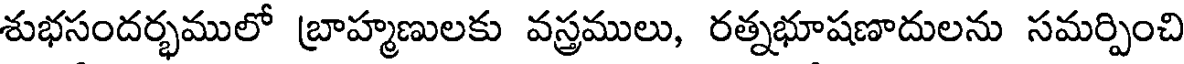
శుభసందర్భములో బ్రాహ్మణులకు వస్త్రములు, రత్నభూషణాదులను సమర్పించి